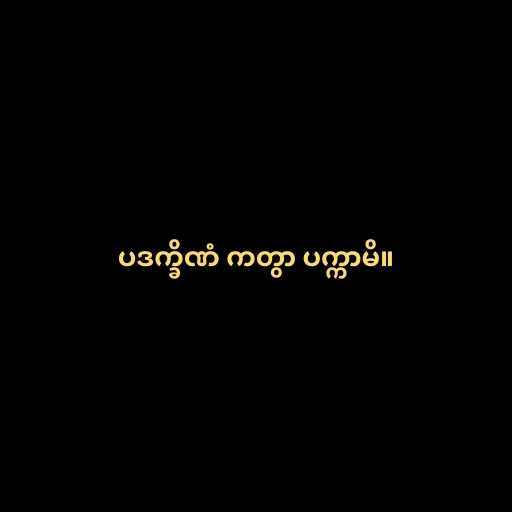
ပဒက္ခိဏံ ကတွာ ပက္ကာမိ။